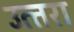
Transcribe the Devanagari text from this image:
उत्‍तरा